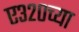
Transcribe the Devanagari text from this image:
ए३२०च्या